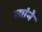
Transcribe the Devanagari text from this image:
ब्यांने